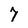
Character: 7